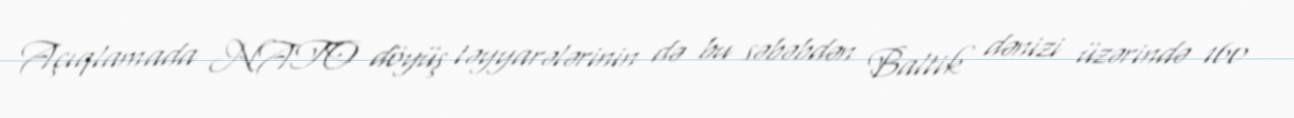
Açıqlamada NATO döyüş təyyarələrinin də bu səbəbdən Baltik dənizi üzərində 160